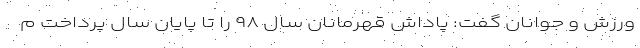
ورزش و جوانان گفت: پاداش قهرمانان سال ۹۸ را تا پایان سال پرداخت م